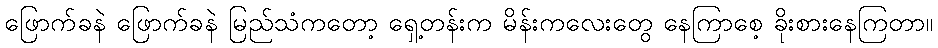
ဖြောက်ခနဲ ဖြောက်ခနဲ မြည်သံကတော့ ရှေ့တန်းက မိန်းကလေးတွေ နေကြာစေ့ ခိုးစားနေကြတာ။